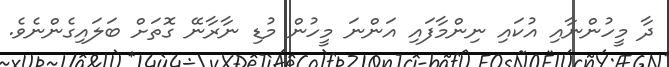
ދާ މީހުންނާއި އުކައި ނިންމާފައި އަންނަ މީހުން މުޑި ނާރާނޭ ގޮތަށް ބަލައިގެންނެވެ.